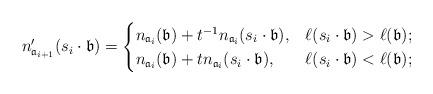
LaTeX: \begin{align*}n'_{{\mathfrak{a}_{i+1}}}(s_i \cdot \mathfrak{b})=\begin{cases} n_{\mathfrak{a}_i}(\mathfrak{b}) + t^{-1} n_{\mathfrak{a}_i}(s_i \cdot \mathfrak{b}), & \ell(s_i \cdot \mathfrak{b}) > \ell(\mathfrak{b}); \\ n_{\mathfrak{a}_i}(\mathfrak{b}) + t n_{\mathfrak{a}_i}(s_i \cdot \mathfrak{b}), & \ell(s_i \cdot \mathfrak{b}) < \ell(\mathfrak{b}); \end{cases}\end{align*}